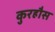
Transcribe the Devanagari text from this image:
कुरहौस